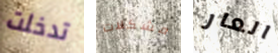
تدخلت مشكلات العار